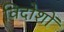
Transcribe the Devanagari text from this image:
विदोशों